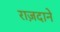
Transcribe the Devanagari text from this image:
राज़दाने